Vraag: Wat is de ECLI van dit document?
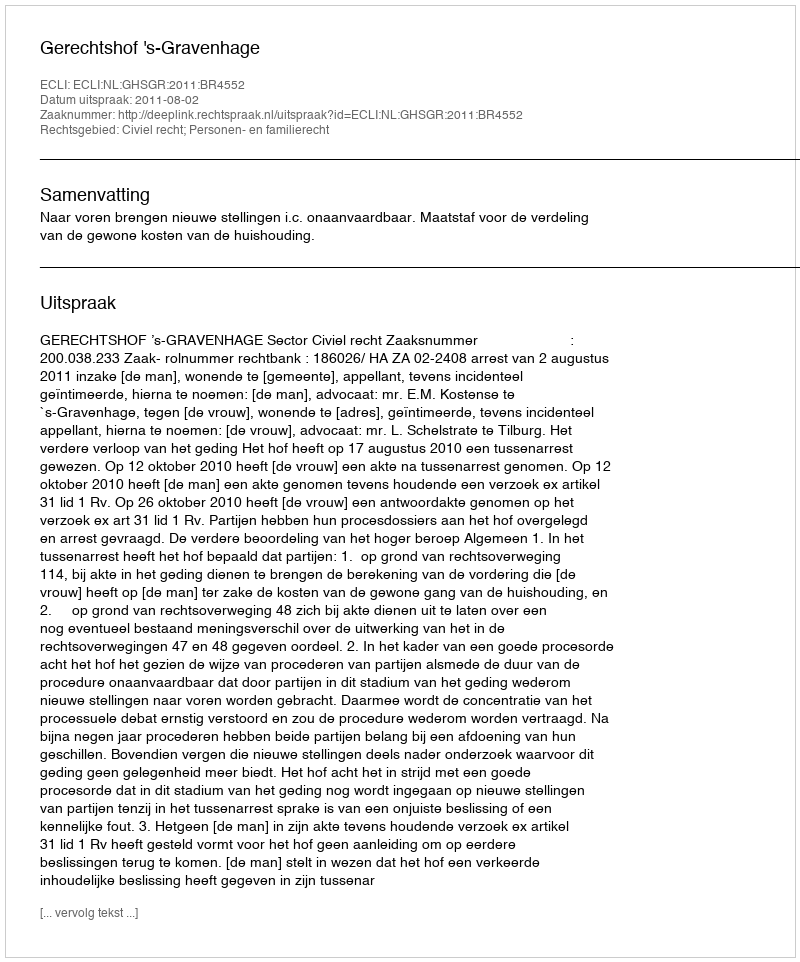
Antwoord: ECLI:NL:GHSGR:2011:BR4552